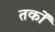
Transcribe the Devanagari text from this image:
तर्काें